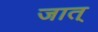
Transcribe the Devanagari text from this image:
जात्